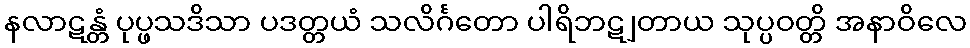
နလာဋန္တံ ပုပ္ဖသဒိသာ ပဒတ္တယံ သလိင်္ဂတော ပါရိဘဋျတာယ သုပ္ပဝတ္တိ အနာဝိလေ